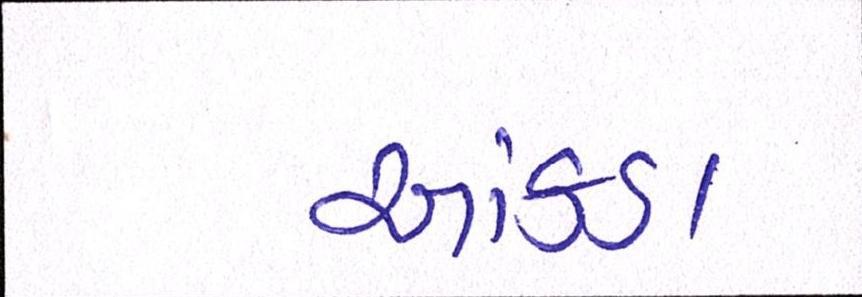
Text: આંકડા